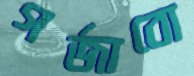
গর্জাবো